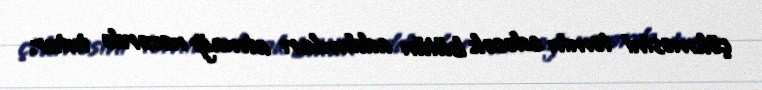
çökməsini təmin edəcək bütün addımları atmağı nəzərdə tutur.